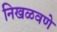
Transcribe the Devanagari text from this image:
निखळवणे